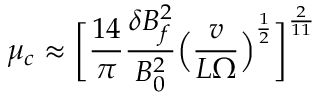
\mu _ { c } \approx \bigg [ \frac { 1 4 } { \pi } \frac { \delta B _ { f } ^ { 2 } } { B _ { 0 } ^ { 2 } } \Big ( \frac { v } { L \Omega } \Big ) ^ { \frac { 1 } { 2 } } \bigg ] ^ { \frac { 2 } { 1 1 } }